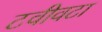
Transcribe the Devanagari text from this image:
टवीवटा